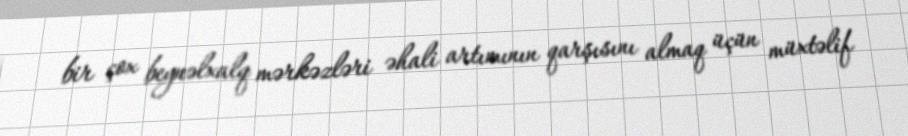
bir çox beynəlxalq mərkəzləri əhali artımının qarşısını almaq üçün müxtəlif